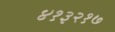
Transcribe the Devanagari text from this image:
४१३२१७